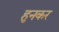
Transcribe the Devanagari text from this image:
हुनकर